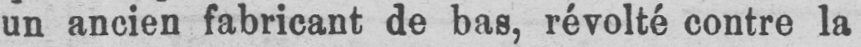
un ancien fabricant de bas, révolté contre la